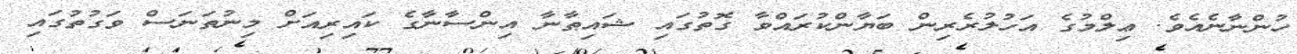
ހުންނާނެއެވެ. ޢިލްމުގެ އަހުލުރެރިން ބަޔާންކުރައްވާ ގޮތުގައި ޝައިޠާނާ އިންސާނާގެ ކައިރިއަށް މިނުތަނަސް ވަގުތުގައި